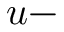
u -